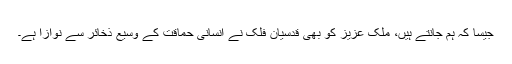
جیسا کہ ہم جانتے ہیں، ملک عزیز کو بھی قدسیان فلک نے انسانی حماقت کے وسیع ذخائر سے نوازا ہے۔